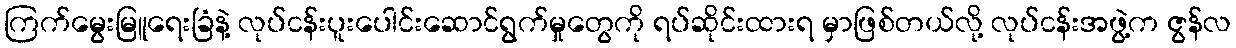
ကြက်မွေးမြူရေးခြံနဲ့ လုပ်ငန်းပူးပေါင်းဆောင်ရွက်မှုတွေကို ရပ်ဆိုင်းထားရ မှာဖြစ်တယ်လို့ လုပ်ငန်းအဖွဲ့က ဇွန်လ